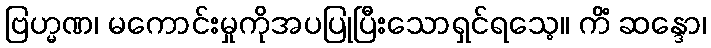
ဗြဟ္မဏ၊ မကောင်းမှုကိုအပပြုပြီးသောရှင်ရသေ့။ ကိံ ဆန္ဒော၊